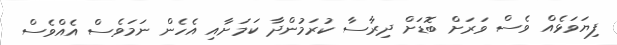
ފިޔަވަޅެއް ވެސް ވަރަށް ބޮޑަށް ދިރާސާ ކުރަމުންދާ ކަމަށާއި އެހެން ނަމަވެސް އެއްވެސް